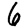
Digit: 6